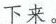
下来。